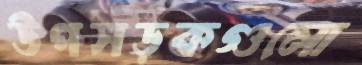
উপসড়কগুলো